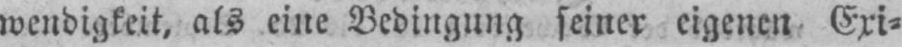
wendigkeit, als eine Bedingung seiner eigenen Exi⸗